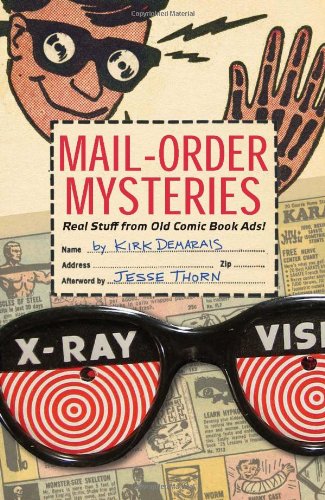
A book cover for Mail-Order Mysteries: Real Stuff from Old Comic Book Ads!; Kirk Demarais; Humor & Entertainment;